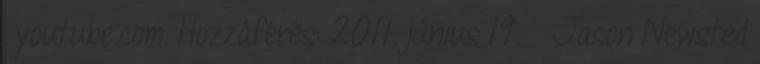
. youtube.com. Hozzáférés: 2011. június 19. ↑ Jason Newsted